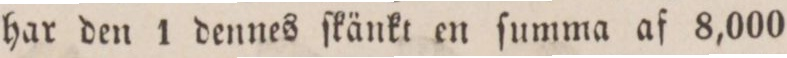
har den 1 dennes ſkänkt en ſumma af 8,000